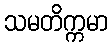
သမတိက္ကမာ